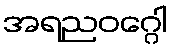
အရညဝဂ္ဂေါ